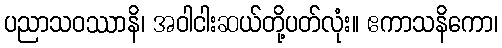
ပညာသဝဿာနိ၊ အဝါငါးဆယ်တို့ပတ်လုံး။ ဧကာသနိကော၊